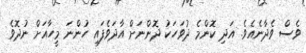
ވެސް ވެދާނެއެވެ. އަދި ކޮންމެ ދުވަހަކު ދޮންނަށް އާދަވެފައި ހުންނަ މީހާއަށް ނުދޮވެ